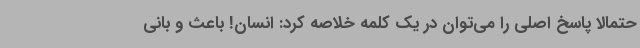
حتمالا پاسخ اصلی را می‌توان در یک کلمه خلاصه کرد: انسان! باعث و بانی